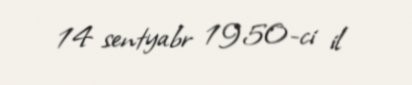
14 sentyabr 1950-ci il